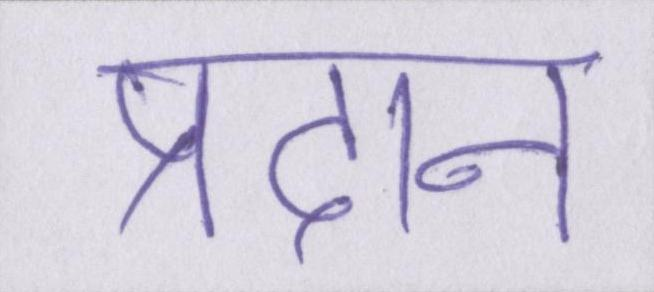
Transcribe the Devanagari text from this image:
प्रदान